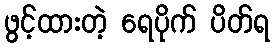
ဖွင့်ထားတဲ့ ရေပိုက် ပိတ်ရ